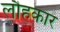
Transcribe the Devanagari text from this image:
लौहकार